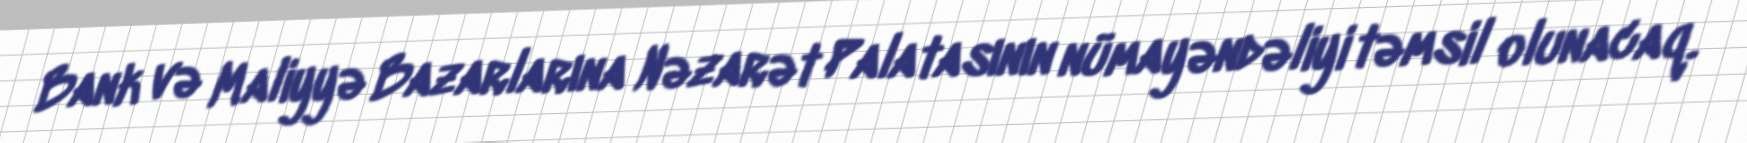
Bank və Maliyyə Bazarlarına Nəzarət Palatasının nümayəndəliyi təmsil olunacaq.